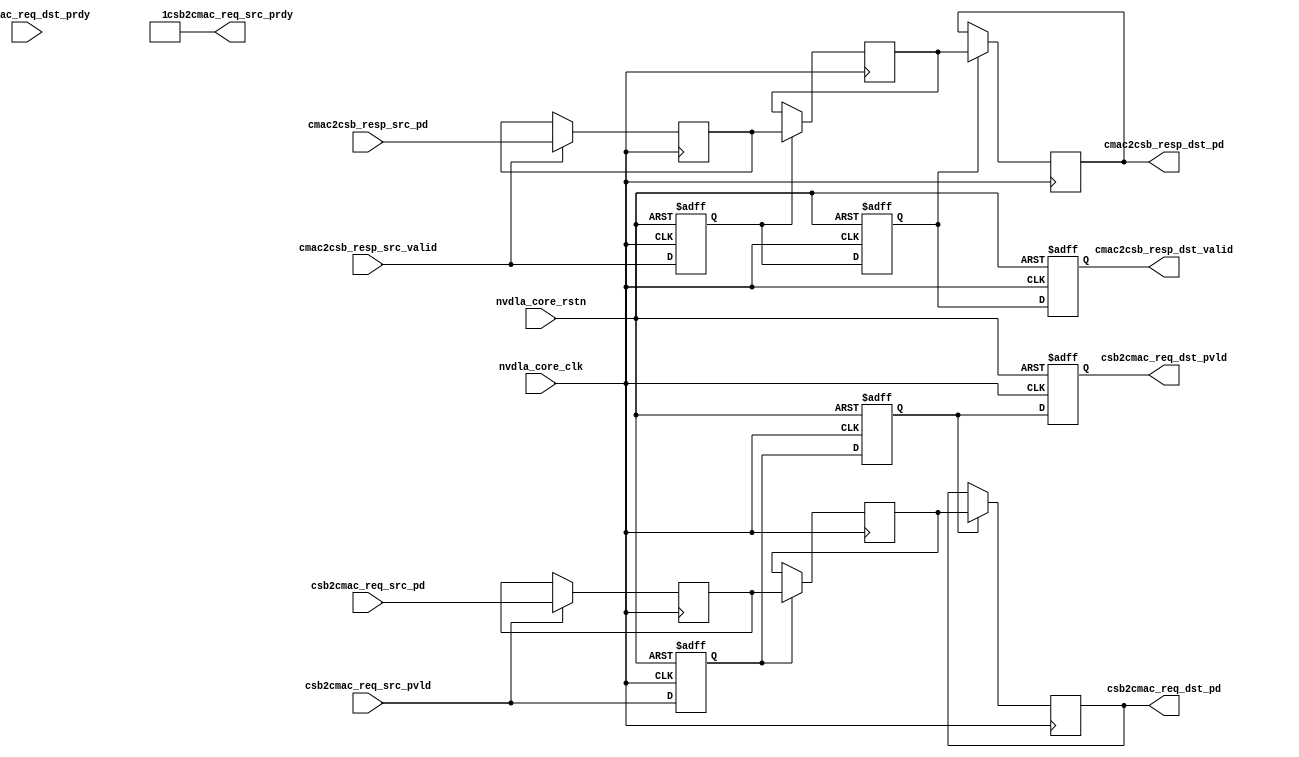
// ================================================================
// NVDLA Open Source Project
// 
// Copyright(c) 2016 - 2017 NVIDIA Corporation.  Licensed under the
// NVDLA Open Hardware License; Check "LICENSE" which comes with 
// this distribution for more information.
// ================================================================


module NV_NVDLA_RT_csb2cmac (
   nvdla_core_clk
  ,nvdla_core_rstn
  ,csb2cmac_req_src_pvld
  ,csb2cmac_req_src_prdy
  ,csb2cmac_req_src_pd
  ,cmac2csb_resp_src_valid
  ,cmac2csb_resp_src_pd
  ,csb2cmac_req_dst_pvld
  ,csb2cmac_req_dst_prdy
  ,csb2cmac_req_dst_pd
  ,cmac2csb_resp_dst_valid
  ,cmac2csb_resp_dst_pd
  );

//
// NV_NVDLA_RT_csb2cmac_ports.v
// DO NOT EDIT, generated by ness version 2.0, backend=verilog
//
// Command: /home/ip/shared/inf/ness/2.0/38823533/bin/run_ispec_backend verilog nvdla_all.nessdb defs.touch-verilog -backend_opt '--nogenerate_io_capture' -backend_opt '--generate_ports'
input  nvdla_core_clk;
input  nvdla_core_rstn;

//<-- csb2cmac_req_src clk=nvdla_core_clk flow=req_busy baseflow=pvld_prdy req=csb2cmac_req_src_pvld busy=!csb2cmac_req_src_prdy ctype=NV_MSDEC_csb2xx_16m_be_lvl_t c_hdr=NV_MSDEC_csb2xx_16m_be_lvl_iface.h
input         csb2cmac_req_src_pvld;  /* data valid */
output        csb2cmac_req_src_prdy;  /* data return handshake */
input  [62:0] csb2cmac_req_src_pd;

//<-- cmac2csb_resp_src clk=nvdla_core_clk flow=req_only req=cmac2csb_resp_src_valid ctype=nvdla_xx2csb_resp_t c_hdr=nvdla_xx2csb_resp_iface.h
input        cmac2csb_resp_src_valid;  /* data valid */
input [33:0] cmac2csb_resp_src_pd;     /* pkt_id_width=1 pkt_widths=33,33  */

output        csb2cmac_req_dst_pvld;  /* data valid */
input         csb2cmac_req_dst_prdy;  /* data return handshake */
output [62:0] csb2cmac_req_dst_pd;

output        cmac2csb_resp_dst_valid;  /* data valid */
output [33:0] cmac2csb_resp_dst_pd;     /* pkt_id_width=1 pkt_widths=33,33  */

wire [33:0] cmac2csb_resp_pd_d0;
wire        cmac2csb_resp_valid_d0;
wire [62:0] csb2cmac_req_pd_d0;
wire        csb2cmac_req_pvld_d0;
reg  [33:0] cmac2csb_resp_pd_d1;
reg  [33:0] cmac2csb_resp_pd_d2;
reg  [33:0] cmac2csb_resp_pd_d3;
reg         cmac2csb_resp_valid_d1;
reg         cmac2csb_resp_valid_d2;
reg         cmac2csb_resp_valid_d3;
reg  [62:0] csb2cmac_req_pd_d1;
reg  [62:0] csb2cmac_req_pd_d2;
reg  [62:0] csb2cmac_req_pd_d3;
reg         csb2cmac_req_pvld_d1;
reg         csb2cmac_req_pvld_d2;
reg         csb2cmac_req_pvld_d3;


assign csb2cmac_req_src_prdy = 1'b1;




assign csb2cmac_req_pvld_d0 = csb2cmac_req_src_pvld;
assign csb2cmac_req_pd_d0 = csb2cmac_req_src_pd;


assign cmac2csb_resp_valid_d0 = cmac2csb_resp_src_valid;
assign cmac2csb_resp_pd_d0 = cmac2csb_resp_src_pd;




always @(posedge nvdla_core_clk or negedge nvdla_core_rstn) begin
  if (!nvdla_core_rstn) begin
    csb2cmac_req_pvld_d1 <= 1'b0;
  end else begin
  csb2cmac_req_pvld_d1 <= csb2cmac_req_pvld_d0;
  end
end
always @(posedge nvdla_core_clk) begin
  if ((csb2cmac_req_pvld_d0) == 1'b1) begin
    csb2cmac_req_pd_d1 <= csb2cmac_req_pd_d0;
  // VCS coverage off
  end else if ((csb2cmac_req_pvld_d0) == 1'b0) begin
  end else begin
    csb2cmac_req_pd_d1 <= 'bx;  // spyglass disable STARC-2.10.1.6 W443 NoWidthInBasedNum-ML -- (Constant containing x or z used, Based number `bx contains an X, Width specification missing for based number)
  // VCS coverage on
  end
end


always @(posedge nvdla_core_clk or negedge nvdla_core_rstn) begin
  if (!nvdla_core_rstn) begin
    cmac2csb_resp_valid_d1 <= 1'b0;
  end else begin
  cmac2csb_resp_valid_d1 <= cmac2csb_resp_valid_d0;
  end
end
always @(posedge nvdla_core_clk) begin
  if ((cmac2csb_resp_valid_d0) == 1'b1) begin
    cmac2csb_resp_pd_d1 <= cmac2csb_resp_pd_d0;
  // VCS coverage off
  end else if ((cmac2csb_resp_valid_d0) == 1'b0) begin
  end else begin
    cmac2csb_resp_pd_d1 <= 'bx;  // spyglass disable STARC-2.10.1.6 W443 NoWidthInBasedNum-ML -- (Constant containing x or z used, Based number `bx contains an X, Width specification missing for based number)
  // VCS coverage on
  end
end


always @(posedge nvdla_core_clk or negedge nvdla_core_rstn) begin
  if (!nvdla_core_rstn) begin
    csb2cmac_req_pvld_d2 <= 1'b0;
  end else begin
  csb2cmac_req_pvld_d2 <= csb2cmac_req_pvld_d1;
  end
end
always @(posedge nvdla_core_clk) begin
  if ((csb2cmac_req_pvld_d1) == 1'b1) begin
    csb2cmac_req_pd_d2 <= csb2cmac_req_pd_d1;
  // VCS coverage off
  end else if ((csb2cmac_req_pvld_d1) == 1'b0) begin
  end else begin
    csb2cmac_req_pd_d2 <= 'bx;  // spyglass disable STARC-2.10.1.6 W443 NoWidthInBasedNum-ML -- (Constant containing x or z used, Based number `bx contains an X, Width specification missing for based number)
  // VCS coverage on
  end
end


always @(posedge nvdla_core_clk or negedge nvdla_core_rstn) begin
  if (!nvdla_core_rstn) begin
    cmac2csb_resp_valid_d2 <= 1'b0;
  end else begin
  cmac2csb_resp_valid_d2 <= cmac2csb_resp_valid_d1;
  end
end
always @(posedge nvdla_core_clk) begin
  if ((cmac2csb_resp_valid_d1) == 1'b1) begin
    cmac2csb_resp_pd_d2 <= cmac2csb_resp_pd_d1;
  // VCS coverage off
  end else if ((cmac2csb_resp_valid_d1) == 1'b0) begin
  end else begin
    cmac2csb_resp_pd_d2 <= 'bx;  // spyglass disable STARC-2.10.1.6 W443 NoWidthInBasedNum-ML -- (Constant containing x or z used, Based number `bx contains an X, Width specification missing for based number)
  // VCS coverage on
  end
end


always @(posedge nvdla_core_clk or negedge nvdla_core_rstn) begin
  if (!nvdla_core_rstn) begin
    csb2cmac_req_pvld_d3 <= 1'b0;
  end else begin
  csb2cmac_req_pvld_d3 <= csb2cmac_req_pvld_d2;
  end
end
always @(posedge nvdla_core_clk) begin
  if ((csb2cmac_req_pvld_d2) == 1'b1) begin
    csb2cmac_req_pd_d3 <= csb2cmac_req_pd_d2;
  // VCS coverage off
  end else if ((csb2cmac_req_pvld_d2) == 1'b0) begin
  end else begin
    csb2cmac_req_pd_d3 <= 'bx;  // spyglass disable STARC-2.10.1.6 W443 NoWidthInBasedNum-ML -- (Constant containing x or z used, Based number `bx contains an X, Width specification missing for based number)
  // VCS coverage on
  end
end


always @(posedge nvdla_core_clk or negedge nvdla_core_rstn) begin
  if (!nvdla_core_rstn) begin
    cmac2csb_resp_valid_d3 <= 1'b0;
  end else begin
  cmac2csb_resp_valid_d3 <= cmac2csb_resp_valid_d2;
  end
end
always @(posedge nvdla_core_clk) begin
  if ((cmac2csb_resp_valid_d2) == 1'b1) begin
    cmac2csb_resp_pd_d3 <= cmac2csb_resp_pd_d2;
  // VCS coverage off
  end else if ((cmac2csb_resp_valid_d2) == 1'b0) begin
  end else begin
    cmac2csb_resp_pd_d3 <= 'bx;  // spyglass disable STARC-2.10.1.6 W443 NoWidthInBasedNum-ML -- (Constant containing x or z used, Based number `bx contains an X, Width specification missing for based number)
  // VCS coverage on
  end
end




assign csb2cmac_req_dst_pvld = csb2cmac_req_pvld_d3;
assign csb2cmac_req_dst_pd = csb2cmac_req_pd_d3;


assign cmac2csb_resp_dst_valid = cmac2csb_resp_valid_d3;
assign cmac2csb_resp_dst_pd = cmac2csb_resp_pd_d3;





endmodule // NV_NVDLA_RT_csb2cmac